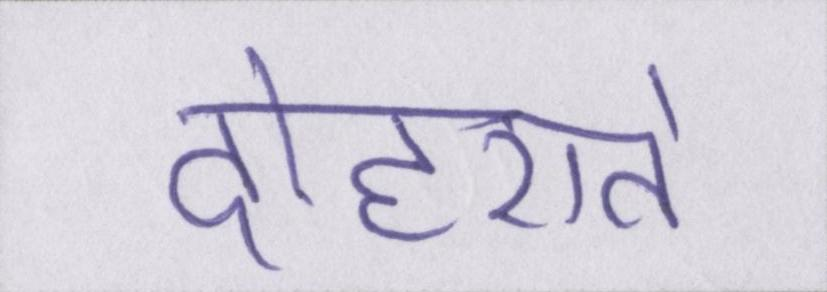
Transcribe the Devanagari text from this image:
दोहराते